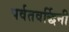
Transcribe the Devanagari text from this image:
पर्वतवर्द्धिनी